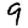
Digit: 9